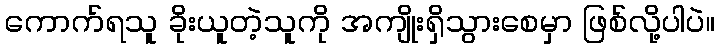
ကောက်ရသူ ခိုးယူတဲ့သူကို အကျိုးရှိသွားစေမှာ ဖြစ်လို့ပါပဲ။